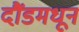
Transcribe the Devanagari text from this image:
दौंडमधून